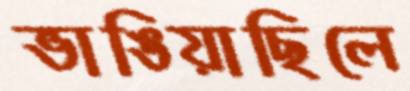
ভাঙিয়াছিলে